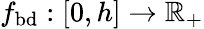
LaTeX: f_{\mathrm{bd}}:[0,h]\rightarrow\mathbb{R}_{+}